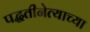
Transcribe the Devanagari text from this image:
पद्धतीनेत्याच्या